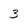
Character: 3